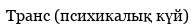
Транс (психикалық күй)